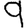
Digit: 9